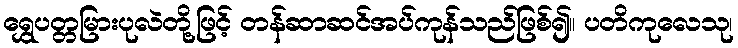
ရွှေပတ္တမြားပုလဲတို့ဖြင့် တန်ဆာဆင်အပ်ကုန်သည်ဖြစ်၍။ ပတိကုလေသု၊